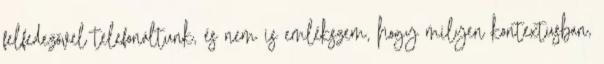
felfedezővel telefonáltunk, és nem is emlékszem, hogy milyen kontextusban,